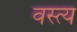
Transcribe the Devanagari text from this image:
वस्त्य